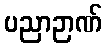
ပညာဉာဏ်